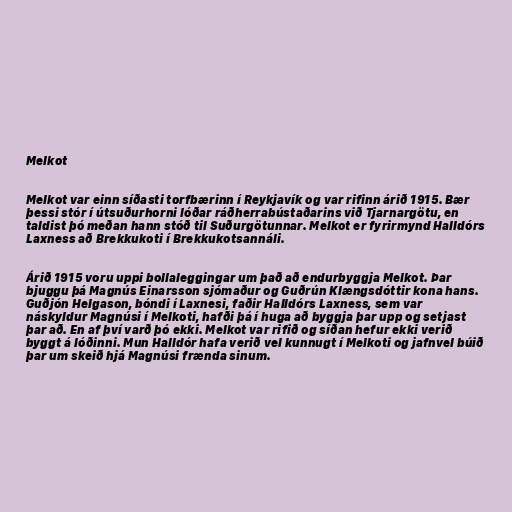
Melkot

Melkot var einn síðasti torfbærinn í Reykjavík og var rifinn árið 1915. Bær
þessi stór í útsuðurhorni lóðar ráðherrabústaðarins við Tjarnargötu, en
taldist þó meðan hann stóð til Suðurgötunnar. Melkot er fyrirmynd Halldórs
Laxness að Brekkukoti í Brekkukotsannáli.

Árið 1915 voru uppi bollaleggingar um það að endurbyggja Melkot. Þar
bjuggu þá Magnús Einarsson sjómaður og Guðrún Klængsdóttir kona hans.
Guðjón Helgason, bóndi í Laxnesi, faðir Halldórs Laxness, sem var
náskyldur Magnúsi í Melkoti, hafði þá í huga að byggja þar upp og setjast
þar að. En af því varð þó ekki. Melkot var rifið og síðan hefur ekki verið
byggt á lóðinni. Mun Halldór hafa verið vel kunnugt í Melkoti og jafnvel búið
þar um skeið hjá Magnúsi frænda sinum.